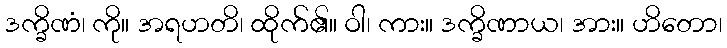
ဒက္ခိဏံ၊ ကို။ အရဟတိ၊ ထိုက်၏။ ဝါ၊ ကား။ ဒက္ခိဏာယ၊ အား။ ဟိတော၊